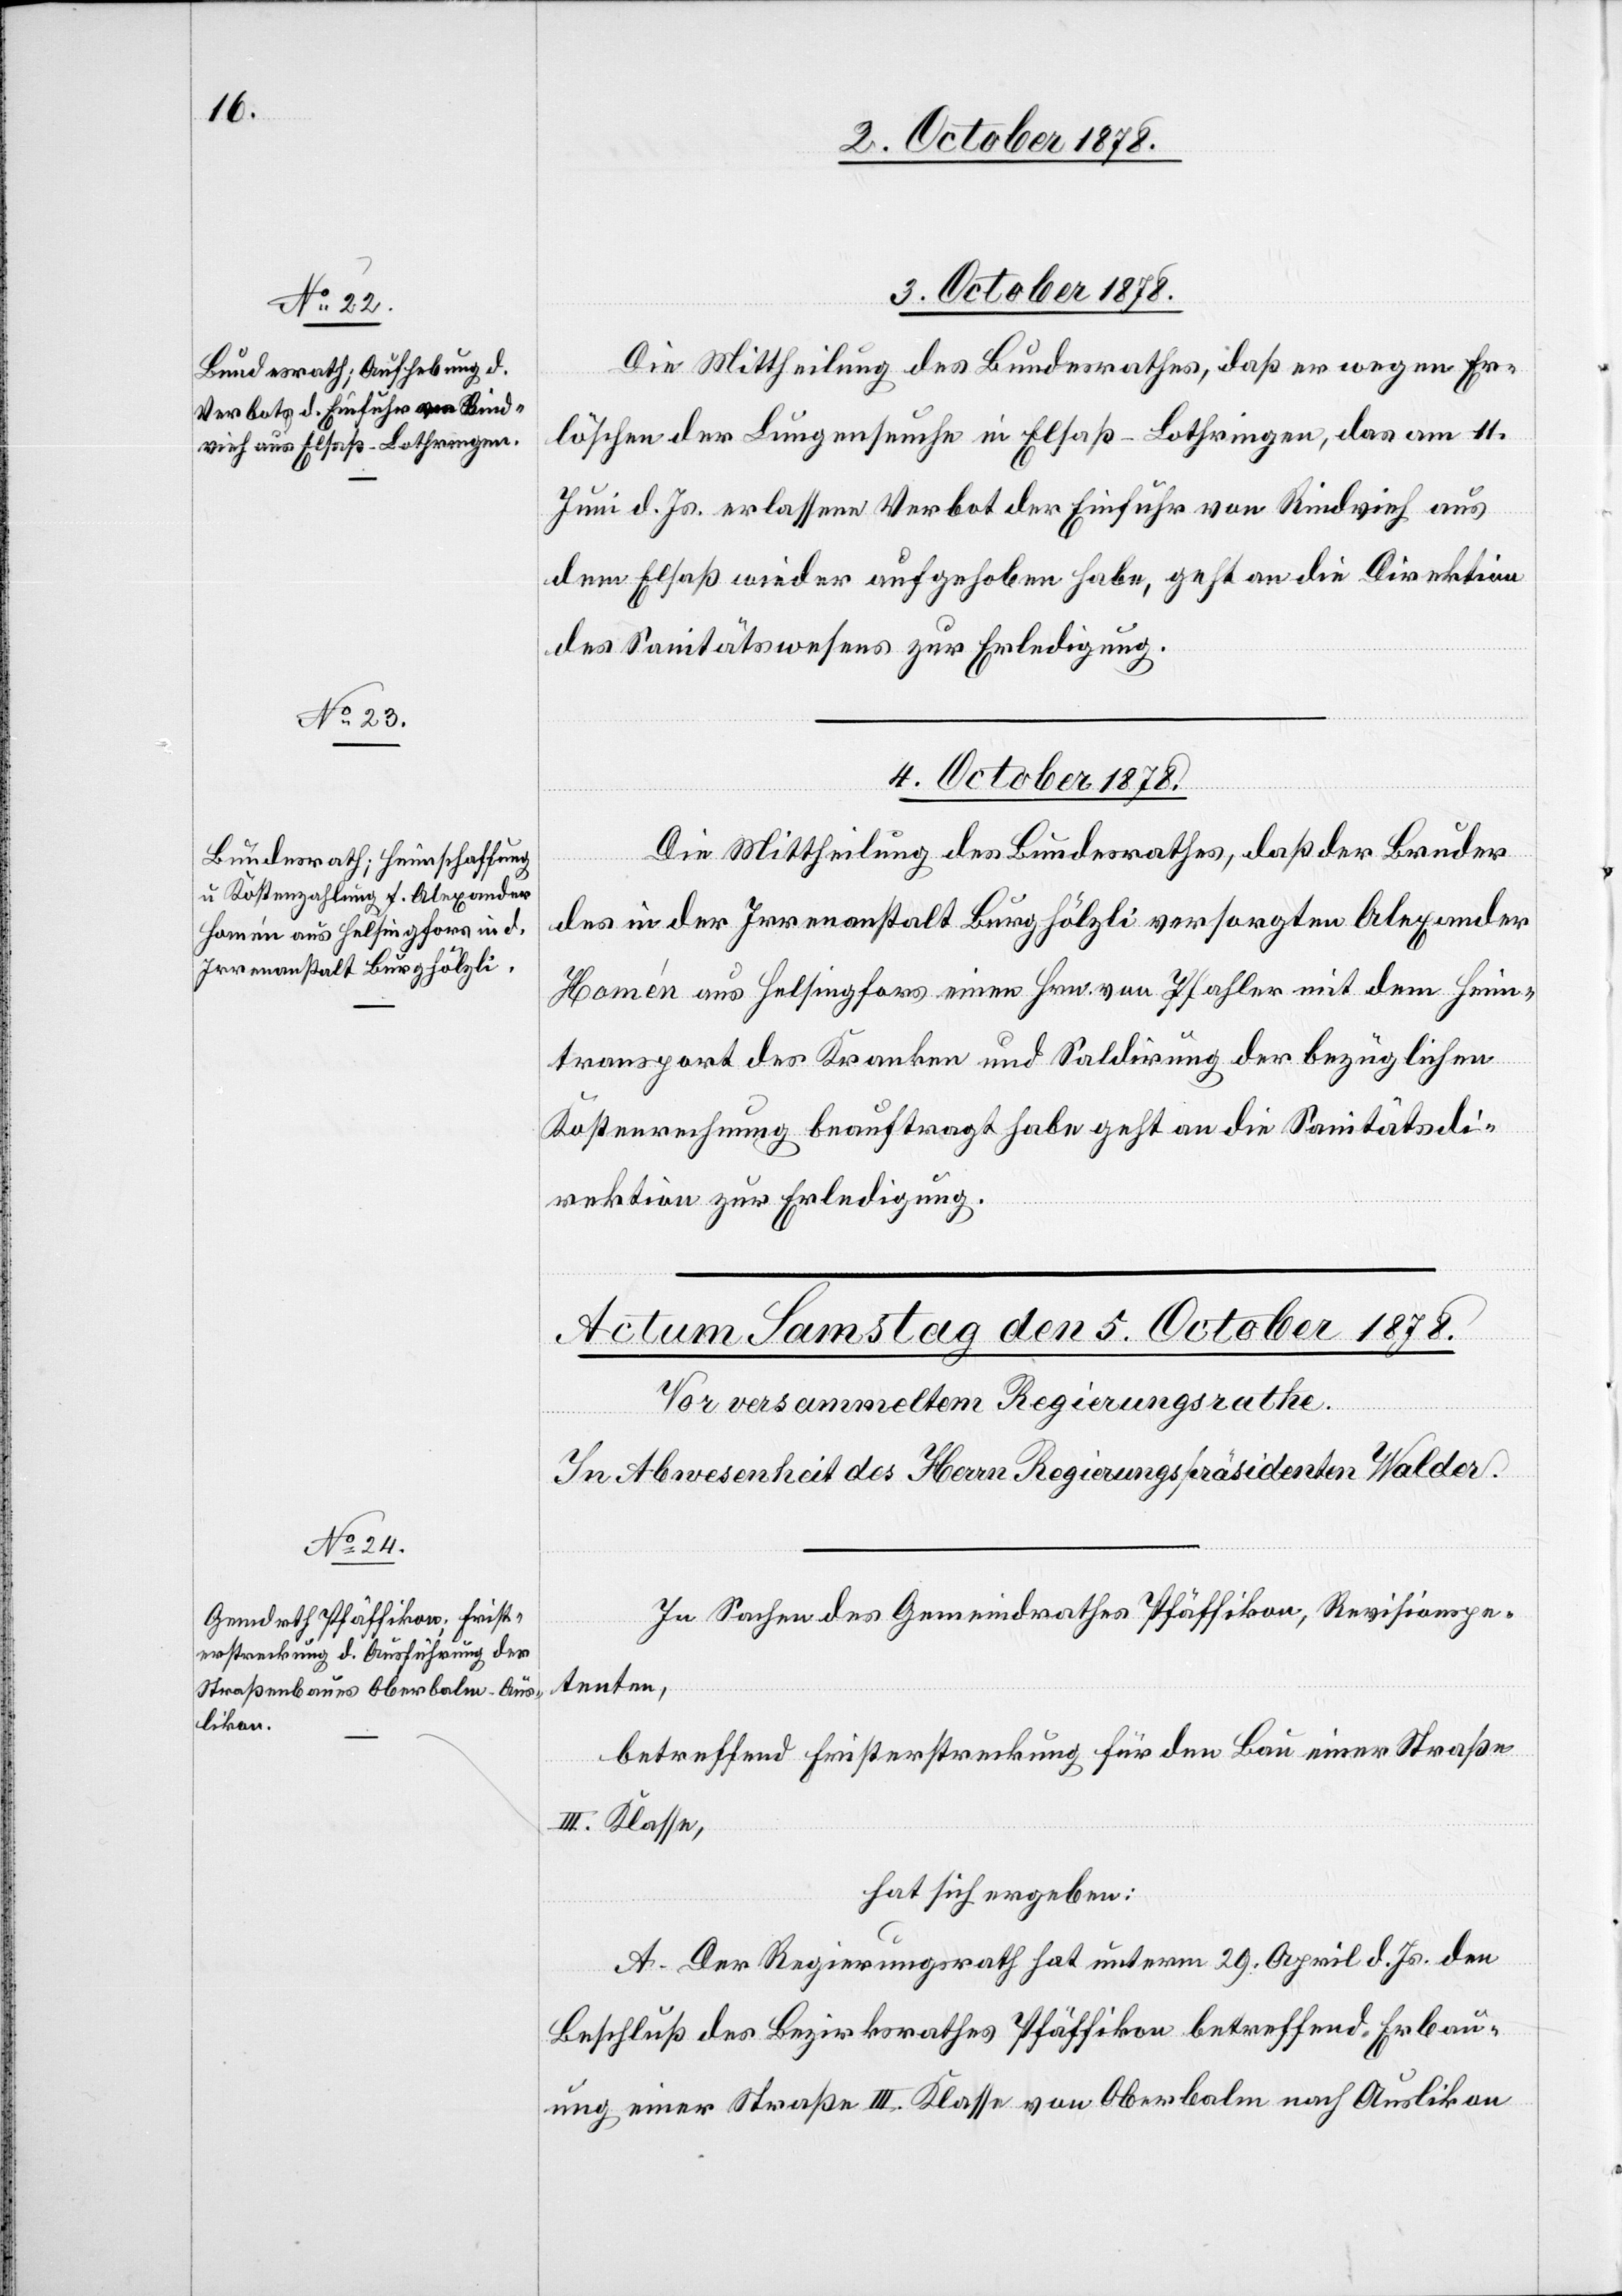
34 October 1878.
3. October 1878.
Die Mittheilung des Bundesrathes, daß er wegen Er¬
löschen der Lungenseuche in Elsaß-Lothringen, das am 1.
Juni d. Js. erlassene Verbot der Einfuhr von Rindvieh aus
dem Elsaß wieder aufgehoben habe, geht an die Direktion
des Sanitätswesens zur Erledigung.
Die Mittheilung des Bundesrathes, daß der Bruder
des in der Irrenanstalt Burghölzli versorgten Alexander
Homén aus Helsingfors einen Hrn. von Pfahler mit dem Heim¬
transport des Kranken und Saldirung der bezüglichen
Kostenrechnung beauftragt habe geht an die Sanitätsdi¬
rektion zur Erledigung.
In Sachen des Gemeindrathes Pfäffikon, Revisionspe¬
tenten,
betreffend Fristerstreckung für den Bau einer Straße
III. Klasse,
hat sich ergeben:
A. Der Regierungsrath hat unterm 29. April d. Js. den
Beschluß des Bezirksrathes Pfäffikon betreffend Erbau¬
ung einer Straße III. Klasse von Oberbalm nach Auslikon